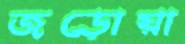
জড়োয়া